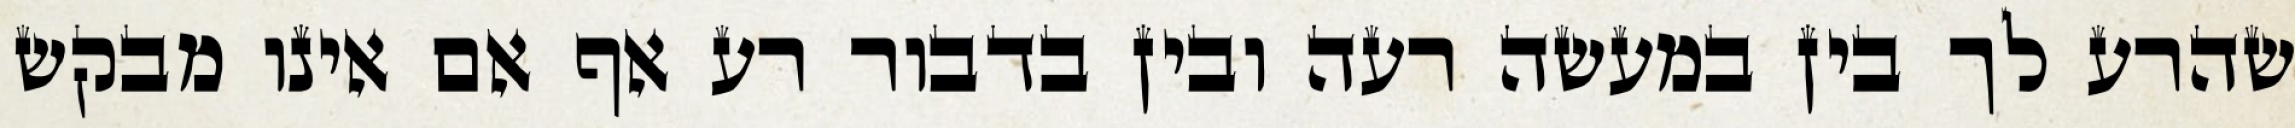
שהרע לך בין במעשה רעה ובין בדבור רע אף אם אינו מבקש